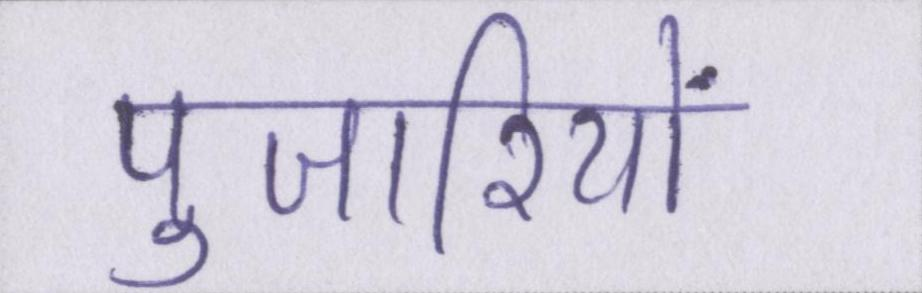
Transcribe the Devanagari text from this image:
पुजारियों